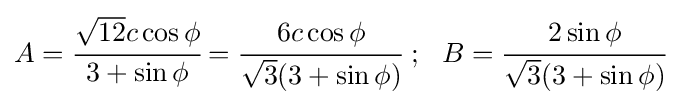
A={\cfrac {{\sqrt {12}}c\cos \phi }{3+\sin \phi }}={\cfrac {6c\cos \phi }{{\sqrt {3}}(3+\sin \phi )}}~;~~B={\cfrac {2\sin \phi }{{\sqrt {3}}(3+\sin \phi )}}